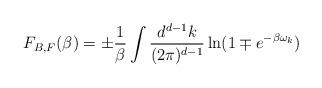
LaTeX: \begin{align*}F_{B,F}(\beta)=\pm\frac{1}{\beta}\int \frac{d^{d-1}k}{(2\pi)^{d-1}}\ln(1\mp e^{-\beta \omega_{k}})\end{align*}